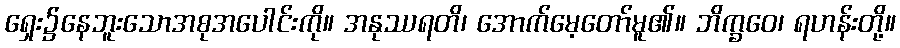
ရှေး၌နေဘူးသောအစုအပေါင်းကို။ အနုဿရတိ၊ အောက်မေ့တော်မူ၏။ ဘိက္ခဝေ၊ ရဟန်းတို့။